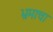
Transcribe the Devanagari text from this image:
भ्रमाचा